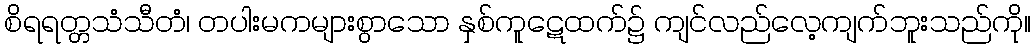
စိရရတ္တသံသီတံ၊ တပါးမကများစွာသော နှစ်ကူဋေထက်၌ ကျင်လည်လေ့ကျက်ဘူးသည်ကို။